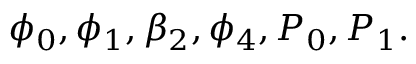
\phi _ { 0 } , \phi _ { 1 } , \beta _ { 2 } , \phi _ { 4 } , P _ { 0 } , P _ { 1 } .